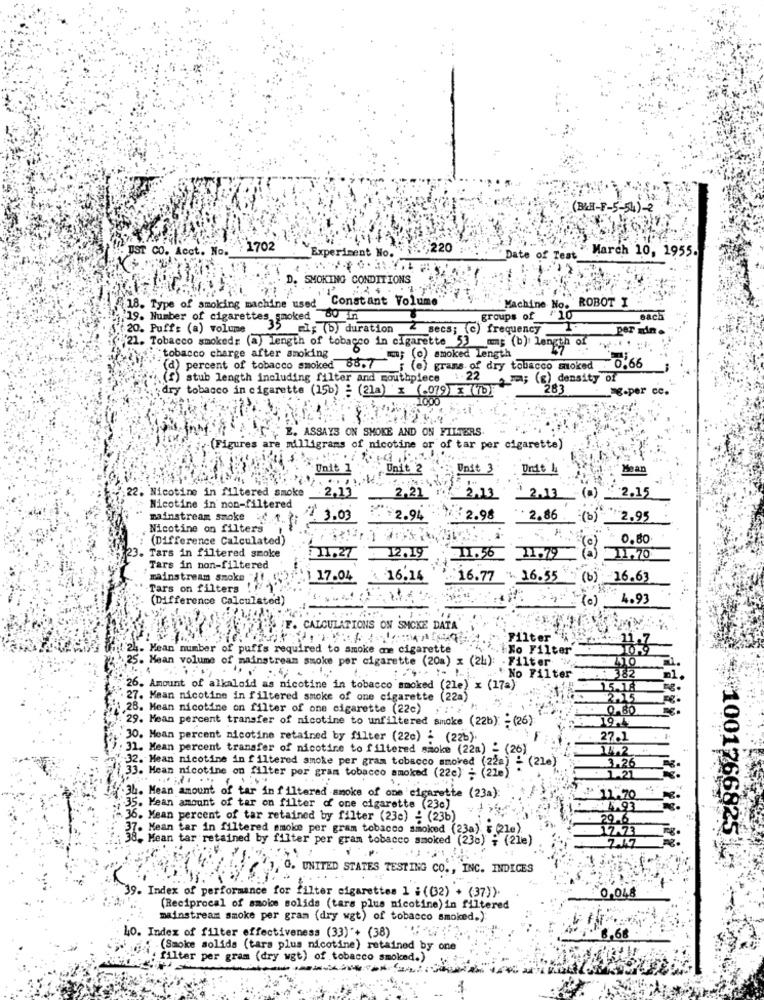
(BAH-F-5-54)-2
UST CO. Acct. No. ": 1702
Experiment No.
., 220
March 10, 1955.
Date of Test
SMOKING CONDITIONS
18. Type of smoking machine used Constant Volume'
Machine No. ROBOT I
19. Number of cigarettes smoked 80 n
groups of "10
sach
20. Puff: (a) volume
35 als (b) duration
Becs; (c) frequency
per min
21. Tobacco smoked: (a) length of tobacco in cigarette 53 mm; (b) length of
:tobacco charge after smoking
Im; (c) smoked length
0.66
)percent of tobacco smoked 88.7
(e) grans of dry tobacco moked
stub length including filter and mouthpiece : 22
; (g) density of
dry tobacco in cigarette (15b) : (21a) x (.079 x b)
283
x-per ce.
1000
E. ASSAYS ON SMOKE AND ON FILTERS
(Figures are milligrams of nicotine or of tar per cigarette)
Unit 1
Unit 2
Unit
Undt &
* Mean
22. Nicotine in filtered smoke
2,13
2,21
2,13
2.13 ()
2.15
Nicotine in non-filtered
mainstream smoke : t. :
3.03
2.94
2.98
2.86 .
(b)
2.95
Nicotine on filters
(Difference Calculated)
0.80
12.19
3. Tars in filtered smoke
11.99
1,70
Tars in non-filtered
mainstream smoke "{f.
17.04
16.14
16.77 16.55 (b) 16.63
-Tars on filters !! ""
(Difference Calculated)
4.93
F. CALCULATIONS ON SMCKE DATA
Filter
24. Mean number of puffs required to smoke me cigarette
iNo Filter
25. Mean volume of mainstream smoke por cigarette (20a) x (25): . Filter "",
No Filter
26. Amount of alkaloid as nicotine in tobacco smoked (21e) x (17a)
27. Mean nicotine in filtered smoke of one cigarette (22a)
28. Mean nicotine on filter of one cigarette (22c)
0.80
29. Mean percent transfer of nicotine to unfiltered smoke (22b): - (26);
30. Mean percent nicotine retained by filter (22c) : (226).
27.1
: 31. Mean percent transfer of nicotine to filtered smoke (22a) - (26)
32. Mean nicotine in filtered smoke per gram tobacco smoked (22a) = (21e)
3.26
33. Mean nicotine on filter por gram tobacco smoked (22e) = (22e)
34. Mean amount of tar in filtered anoke of one cigarette (23a):
11.70
35. Mean amount of tar on filter of one cigarette (23c)
5.93
36. Mean percent of tar retained by filter (23e) : (236)
29.6.
37. Mean tar in filtered smoke per gram tobacco smoked (23a) = (21e)
17.73
1001766825
38, Mean tar retained by filter per gram tobacco smoked (23%) ; (21e)
2.47
7, O. UNITED STATES TESTING CO ., INC. INDICES
39. Index of performance for filter cigarettes 1 : (32) + (37).
0,048
(Reciprocal of smoke solids (tars plus nicotine) in filtered
mainstream smoke per gram (dry wgt) of tobacco smoked.):
10. Index of filter effectiveness (33)"+ (38) ":"
8.68
(Smoke solids (tars plus nicotine) retained by one
: filter per gram (dry wgt) of tobacco smoked.)